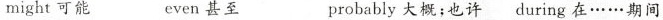
might可能 even 甚至 probably 大概;也许 during在······期间